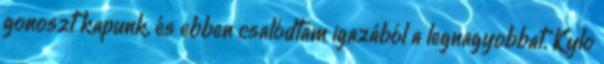
gonoszt kapunk, és ebben csalódtam igazából a legnagyobbat. Kylo